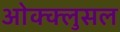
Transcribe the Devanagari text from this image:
ओक्क्लुसल